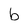
Character: b